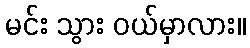
မင်း သွား ဝယ်မှာလား။